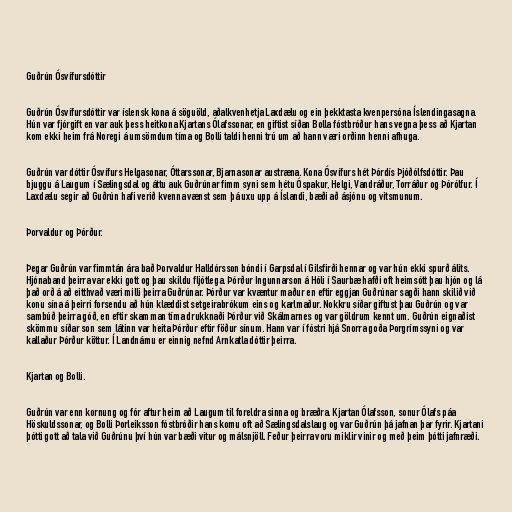
Guðrún Ósvífursdóttir

Guðrún Ósvífursdóttir var íslensk kona á söguöld, aðalkvenhetja Laxdælu og ein þekktasta kvenpersóna Íslendingasagna.
Hún var fjórgift en var auk þess heitkona Kjartans Ólafssonar, en giftist síðan Bolla fóstbróður hans vegna þess að Kjartan
kom ekki heim frá Noregi á umsömdum tíma og Bolli taldi henni trú um að hann væri orðinn henni afhuga.

Guðrún var dóttir Ósvífurs Helgasonar, Óttarssonar, Bjarnasonar austræna. Kona Ósvífurs hét Þórdís Þjóðólfsdóttir. Þau
bjuggu á Laugum í Sælingsdal og áttu auk Guðrúnar fimm syni sem hétu Óspakur, Helgi, Vandráður, Torráður og Þórólfur. Í
Laxdælu segir að Guðrún hafi verið kvenna vænst sem þá uxu upp á Íslandi, bæði að ásjónu og vitsmunum.

Þorvaldur og Þórður.

Þegar Guðrún var fimmtán ára bað Þorvaldur Halldórsson bóndi í Garpsdal í Gilsfirði hennar og var hún ekki spurð álits.
Hjónaband þeirra var ekki gott og þau skildu fljótlega. Þórður Ingunnarson á Hóli í Saurbæ hafði oft heimsótt þau hjón og lá
það orð á að eitthvað væri milli þeirra Guðrúnar. Þórður var kvæntur maður en eftir eggjan Guðrúnar sagði hann skilið við
konu sína á þeirri forsendu að hún klæddist setgeirabrókum eins og karlmaður. Nokkru síðar giftust þau Guðrún og var
sambúð þeirra góð, en eftir skamman tíma drukknaði Þórður við Skálmarnes og var göldrum kennt um. Guðrún eignaðist
skömmu síðar son sem látinn var heita Þórður eftir föður sínum. Hann var í fóstri hjá Snorra goða Þorgrímssyni og var
kallaður Þórður köttur. Í Landnámu er einnig nefnd Arnkatla dóttir þeirra.

Kjartan og Bolli.

Guðrún var enn kornung og fór aftur heim að Laugum til foreldra sinna og bræðra. Kjartan Ólafsson, sonur Ólafs páa
Höskuldssonar, og Bolli Þorleiksson fóstbróðir hans komu oft að Sælingsdalslaug og var Guðrún þá jafnan þar fyrir. Kjartani
þótti gott að tala við Guðrúnu því hún var bæði vitur og málsnjöll. Feður þeirra voru miklir vinir og með þeim þótti jafnræði.